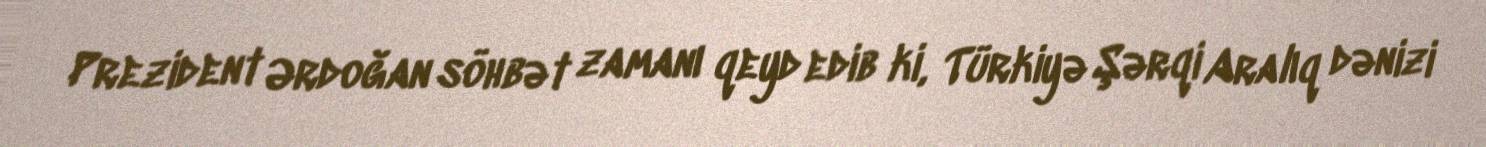
Prezident Ərdoğan söhbət zamanı qeyd edib ki, Türkiyə Şərqi Aralıq dənizi